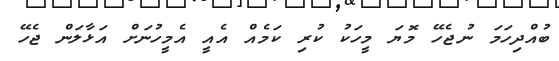
ބުއްދިހަމަ ނުޖެހޭ މޮޔަ މީހަކު ކުރި ކަމެއް އެއީ އެމީހުނަށް އަޅާލަން ޖެހޭ